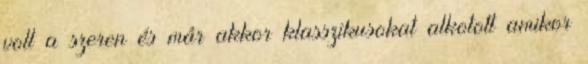
volt a szeren és már akkor klasszikusokat alkotott amikor